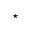
\star